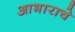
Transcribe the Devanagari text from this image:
आभाराचे